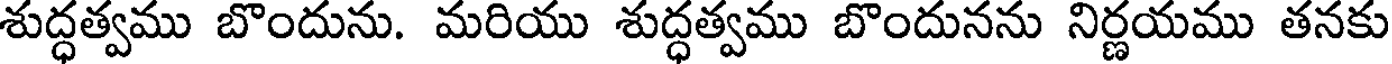
శుద్ధత్వము బొందును. మరియు శుద్ధత్వము బొందునను నిర్ణయము తనకు